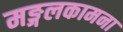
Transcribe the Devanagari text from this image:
मङ्गलकामना